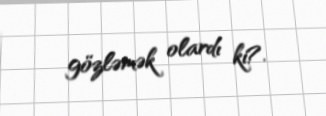
gözləmək olardı ki?.